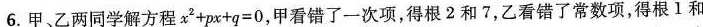
6.甲、乙两同学解方程$$x ^ { 2 } + p x + q = 0$$，甲看错了一次项，得根2和7，乙看错了常数项，得根1 和